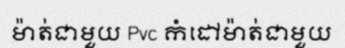
ម៉ាត់ជាមួយ Pvc កំដៅម៉ាត់ជាមួយ